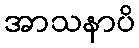
အာသနာပိ